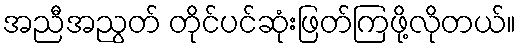
အညီအညွတ် တိုင်ပင်ဆုံးဖြတ်ကြဖို့လိုတယ်။